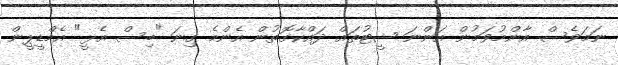
ނަމަވެސް އާންމުވަމުން އަންނަ ޝީޓުތައް ދައްކާގޮތުން އެންމެ ގިނަ "ބިސް އެޅީ" އެމްޑީޕީން